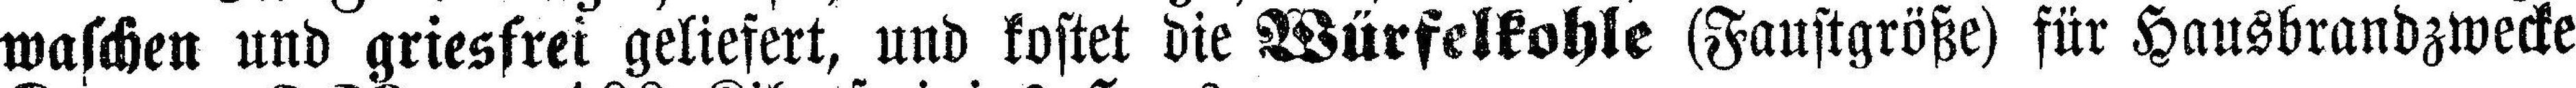
waschen und griesfrei geliefert, und kostet die Würfelkohle (Faustgröße) für Hausbrandzwecke